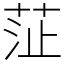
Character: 鿊